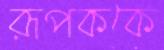
রূপককে